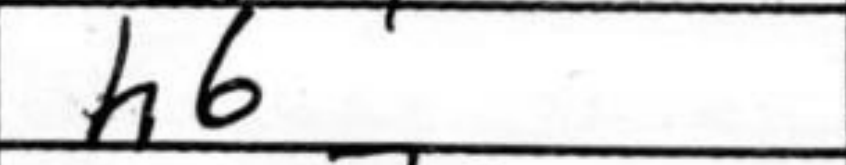
Transcription: h6